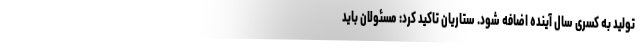
تولید به کسری سال آینده اضافه شود. ستاریان تاکید کرد: مسئولان باید